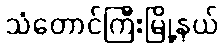
သံတောင်ကြီးမြို့နယ်